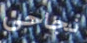
نجاحي